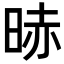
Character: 𣇐